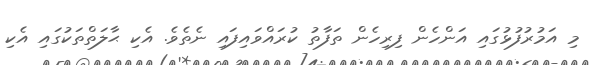
މި އަމުރުފުޅުގައި އަންހެން ފިރިހެން ތަފާތު ކުރައްވައިފައި ނެތެވެ. އެކި ޙާލަތްތަކުގައި އެކި